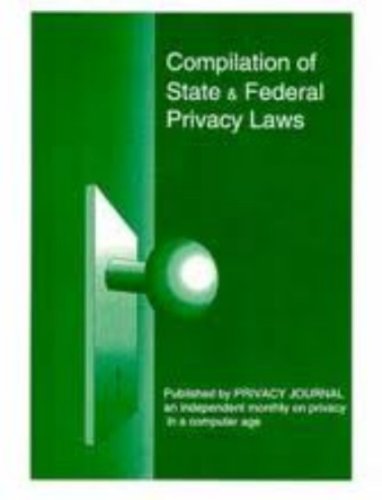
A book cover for Compilation of State and Federal Privacy Laws 2013; Robert Ellis Smith; Law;